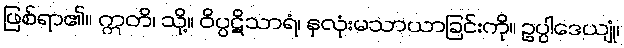
ဖြစ်ရာ၏။ ဣတိ၊ သို့။ ဝိပ္ပဋိသာရံ၊ နှလုံးမသာယာခြင်းကို။ ဥပ္ပါဒေယျုံ၊